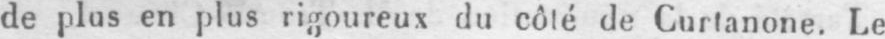
de plus en plus rigoureux du côté de Curtanone. Le